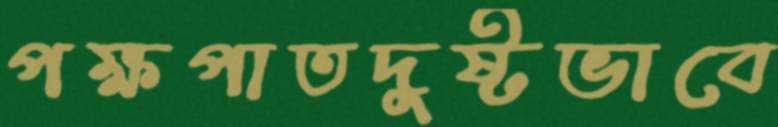
পক্ষপাতদুষ্টভাবে